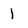
Character: l